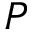
P